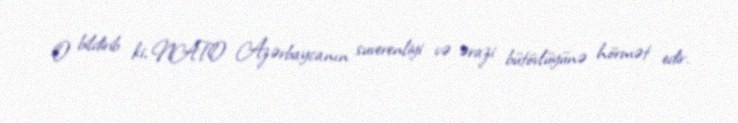
O bildirib ki, NATO Azərbaycanın suverenliyi və ərazi bütövlüyünə hörmət edir.